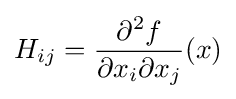
H_{ij}={\frac {\partial ^{2}f}{\partial x_{i}\partial x_{j}}}(x)